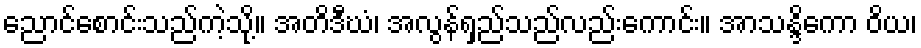
ညောင်စောင်းသည်ကဲ့သို့။ အတိဒီဃံ၊ အလွန်ရှည်သည်လည်းကောင်း။ အာသန္ဒိကော ဝိယ၊